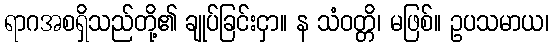
ရာဂအစရှိသည်တို့၏ ချုပ်ခြင်းငှာ။ န သံဝတ္တိ၊ မဖြစ်။ ဥပသမာယ၊